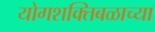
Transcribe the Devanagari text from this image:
योगशक्तिबळाच्या